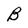
Character: B